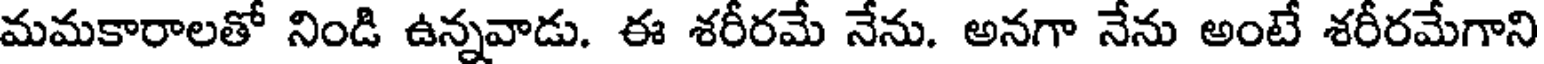
మమకారాలతో నిండి ఉన్నవాడు. ఈ శరీరమే నేను. అనగా నేను అంటే శరీరమేగాని